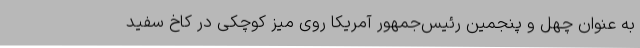
به عنوان چهل و پنجمین رئیس‌جمهور آمریکا روی میز کوچکی در کاخ سفید